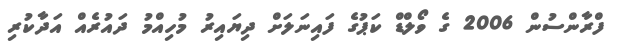
ފްރާންސުން 2006 ގެ ވޯލްޑް ކަޕުގެ ފައިނަލަށް ދިޔައިރު މުހިއްމު ދައުރެއް އަދާކުރި